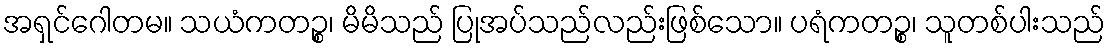
အရှင်ဂေါတမ။ သယံကတဉ္စ၊ မိမိသည် ပြုအပ်သည်လည်းဖြစ်သော။ ပရံကတဉ္စ၊ သူတစ်ပါးသည်